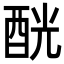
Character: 𨠵